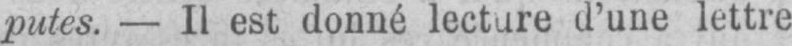
putes. - Il est donné lecture d’une lettre